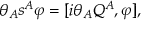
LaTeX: \theta _ { A } s ^ { A } \varphi = { [ i \theta _ { A } Q ^ { A } , \varphi ] } ,